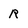
Character: R